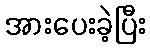
အားပေးခဲ့ပြီး